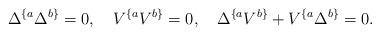
LaTeX: \begin{align*}\Delta^{\{a}\Delta^{b\}}=0, \quad V^{\{a}V^{b\}}=0,\quad\Delta^{\{a}V^{b\}} +V^{\{a}\Delta^{b\}}=0.\end{align*}